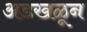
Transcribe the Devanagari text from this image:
अडखळून